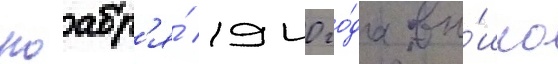
ноабр'я́ 1940 го́да вы́шло